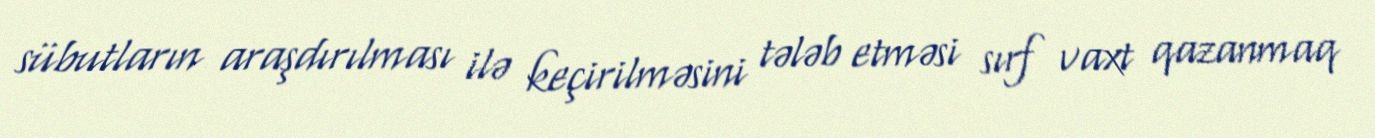
sübutların araşdırılması ilə keçirilməsini tələb etməsi sırf vaxt qazanmaq